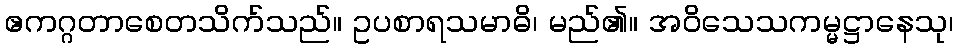
ဧကဂ္ဂတာစေတသိက်သည်။ ဥပစာရသမာဓိ၊ မည်၏။ အဝိသေသကမ္မဋ္ဌာနေသု၊